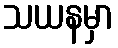
သယနမှာ